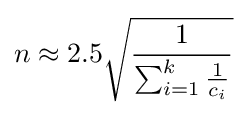
n\approx 2.5{\sqrt {\frac {1}{\sum _{i=1}^{k}{\frac {1}{c_{i}}}}}}